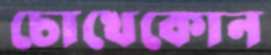
চোখেকোন